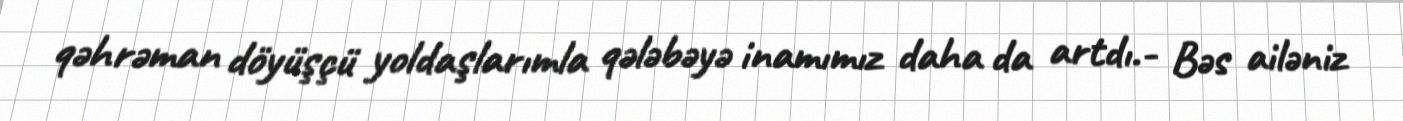
qəhrəman döyüşçü yoldaşlarımla qələbəyə inamımız daha da artdı.- Bəs ailəniz